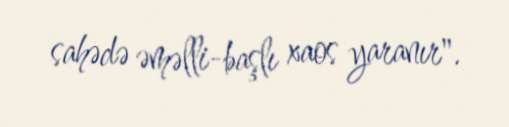
sahədə əməlli-başlı xaos yaranır".